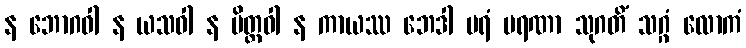
န ဘောဂဝါ န ယသဝါ န မိတ္တဝါ န ကာယဿ ဘေဒါ ပရံ မရဏာ သုဂတိံ သဂ္ဂံ လောကံ